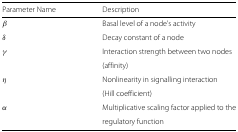
<table><thead><tr><td><b>Parameter Name</b></td><td><b>Description</b></td></tr></thead><tbody><tr><td><i>β</i></td><td>Basal level of a node’s activity</td></tr><tr><td><i>δ</i></td><td>Decay constant of a node</td></tr><tr><td><i>γ</i></td><td>Interaction strength between two nodes</td></tr><tr><td>[EMPTY_CELL]</td><td>(affinity)</td></tr><tr><td><i>η</i></td><td>Nonlinearity in signalling interaction</td></tr><tr><td>[EMPTY_CELL]</td><td>(Hill coefficient)</td></tr><tr><td><i>α</i></td><td>Multiplicative scaling factor applied to the</td></tr><tr><td>[EMPTY_CELL]</td><td>regulatory function</td></tr></tbody></table>